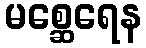
မစ္ဆေရေန